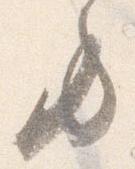
方